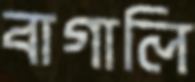
বাগালি